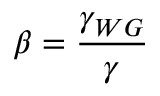
\beta = \frac { \gamma _ { W G } } { \gamma }